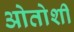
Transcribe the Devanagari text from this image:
ओतोशी